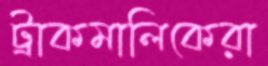
ট্রাকমালিকেরা